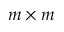
m \times m